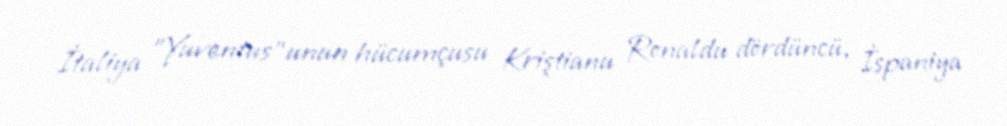
İtaliya "Yuventus"unun hücumçusu Kriştianu Ronaldu dördüncü, İspaniya